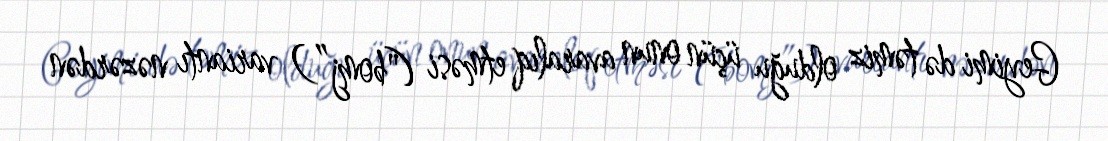
Geyimi də təmiz olduğu üçün onun avaralıq etməsi ("bomj”) variantı nəzərdən